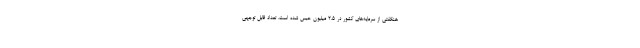
هنگفتی از سرمایه‌های کشور در ۲.۵ میلیون حبس شده است. تعداد قابل توجهی